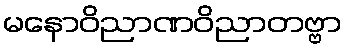
မနောဝိညာဏဝိညာတဗ္ဗာ